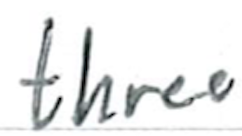
Text: three
Cross-out: clean
Writing tool: ballpoint